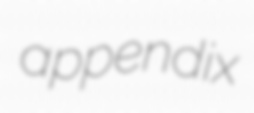
appendix